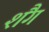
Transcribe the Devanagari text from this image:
शैंग